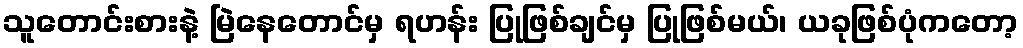
သူတောင်းစားနဲ့ မြဲနေတောင်မှ ရဟန်း ပြုဖြစ်ချင်မှ ပြုဖြစ်မယ်၊ ယခုဖြစ်ပုံကတော့